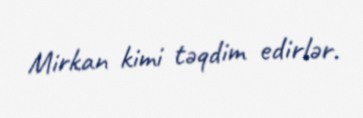
Mirkan kimi təqdim edirlər.